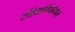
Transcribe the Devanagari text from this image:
एसितामिनोफेन